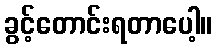
ခွင့်တောင်းရတာပေါ့။